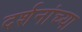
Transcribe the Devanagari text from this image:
दर्शनांच्या